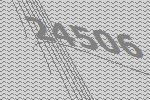
24506